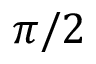
\pi / 2